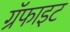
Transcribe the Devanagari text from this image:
ग्रॅफाइट